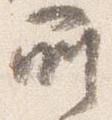
所